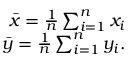
\begin{array} { r } { \bar { x } = \frac { 1 } { n } \sum _ { i = 1 } ^ { n } x _ { i } } \\ { \bar { y } = \frac { 1 } { n } \sum _ { i = 1 } ^ { n } y _ { i } . } \end{array}